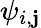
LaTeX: \psi_{i,\mathbf{j}}